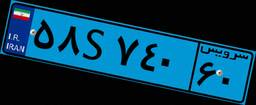
۹۱S۹۰۴۲۶